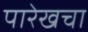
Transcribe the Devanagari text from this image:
पारेखचा